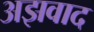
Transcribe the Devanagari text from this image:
अझवाद